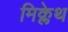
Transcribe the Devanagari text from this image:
मिक्लेथ